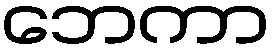
ဘေကာ